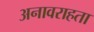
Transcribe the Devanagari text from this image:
अनावराहता